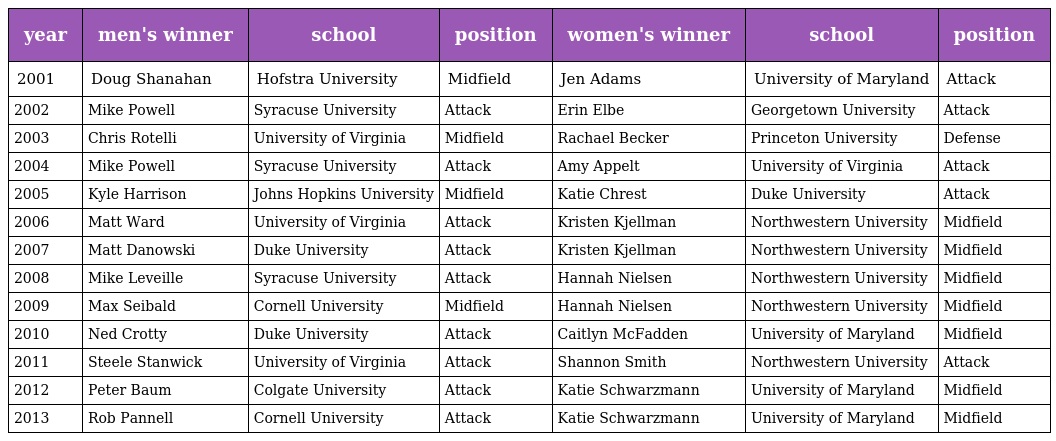
| year | men's winner | school | position | women's winner | school | position |
 | --- | --- | --- | --- | --- | --- | --- |
 | 2001 | Doug Shanahan | Hofstra University | Midfield | Jen Adams | University of Maryland | Attack |
 | 2002 | Mike Powell | Syracuse University | Attack | Erin Elbe | Georgetown University | Attack |
 | 2003 | Chris Rotelli | University of Virginia | Midfield | Rachael Becker | Princeton University | Defense |
 | 2004 | Mike Powell | Syracuse University | Attack | Amy Appelt | University of Virginia | Attack |
 | 2005 | Kyle Harrison | Johns Hopkins University | Midfield | Katie Chrest | Duke University | Attack |
 | 2006 | Matt Ward | University of Virginia | Attack | Kristen Kjellman | Northwestern University | Midfield |
 | 2007 | Matt Danowski | Duke University | Attack | Kristen Kjellman | Northwestern University | Midfield |
 | 2008 | Mike Leveille | Syracuse University | Attack | Hannah Nielsen | Northwestern University | Midfield |
 | 2009 | Max Seibald | Cornell University | Midfield | Hannah Nielsen | Northwestern University | Midfield |
 | 2010 | Ned Crotty | Duke University | Attack | Caitlyn McFadden | University of Maryland | Midfield |
 | 2011 | Steele Stanwick | University of Virginia | Attack | Shannon Smith | Northwestern University | Attack |
 | 2012 | Peter Baum | Colgate University | Attack | Katie Schwarzmann | University of Maryland | Midfield |
 | 2013 | Rob Pannell | Cornell University | Attack | Katie Schwarzmann | University of Maryland | Midfield |